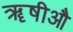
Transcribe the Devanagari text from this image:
ॠषीऔ